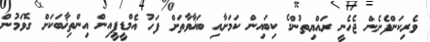
ވެރިކަންފެށެން ޖެހެނީ ރައްޔިތުންގެ ކިބައިން ކަމަށާއި ބަޣާވާތަށް ފަހު އެމްޑީޕީއިން އިންތިޚާބަކަށް ގޮވަމުން